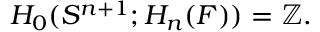
H _ { 0 } ( S ^ { n + 1 } ; H _ { n } ( F ) ) = \mathbb { Z } .